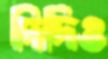
দিদিও